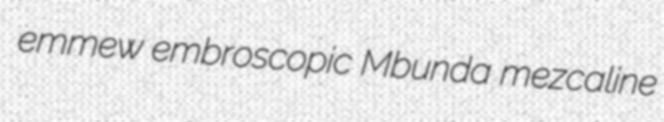
emmew embroscopic Mbunda mezcaline